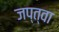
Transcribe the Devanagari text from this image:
जप्‌त्वा